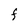
Character: F